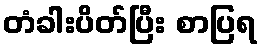
တံခါးပိတ်ပြီး စာပြရ